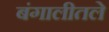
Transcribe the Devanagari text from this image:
बंगालीतले